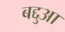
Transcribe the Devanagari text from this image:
बद्दुआ